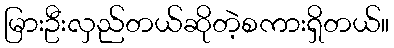
မြားဦးလှည်တယ်ဆိုတဲ့စကားရှိတယ်။